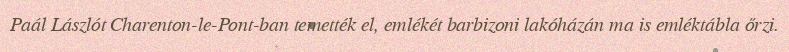
Paál Lászlót Charenton-le-Pont-ban temették el, emlékét barbizoni lakóházán ma is emléktábla őrzi.